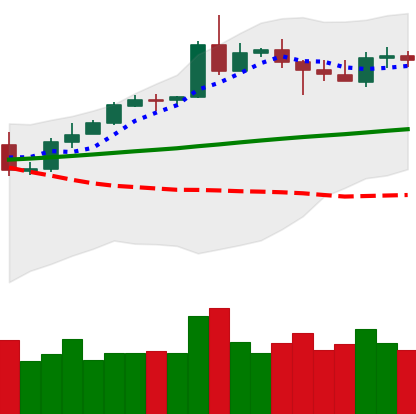
Ticker: ETH-USD
Chart end date: 2020-05-09
Forward return: -4.088%
Label: down_3_5